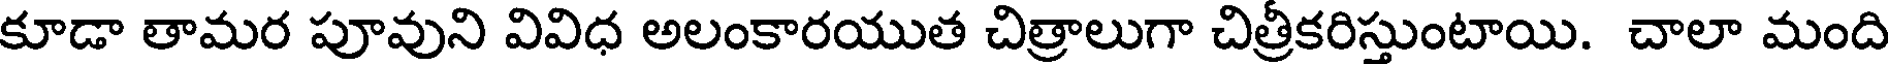
కూడా తామర పూవుని వివిధ అలంకారయుత చిత్రాలుగా చిత్రీకరిస్తుంటాయి. చాలా మంది